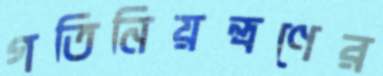
গতিনিয়ন্ত্রণের